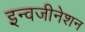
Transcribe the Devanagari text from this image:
इन्वजीनेशन